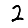
Digit: 2